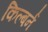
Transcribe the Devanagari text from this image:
किल्बर्न